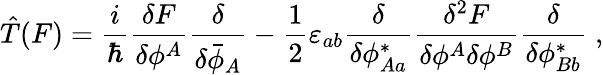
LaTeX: \hat{T}(F)=\frac{i}{\hbar}\frac{\delta F}{\delta\phi^{A}}\frac{\delta}{\delta\bar{\phi}_{A}}-\frac{1}{2}\varepsilon_{ab}\frac{\delta}{\delta\phi_{Aa}^{*}}\frac{\delta^{2}F}{\delta\phi^{A}\delta\phi^{B}}\frac{\delta}{\delta\phi_{Bb}^{*}}\; ,